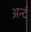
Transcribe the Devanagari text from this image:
अर्न्ट